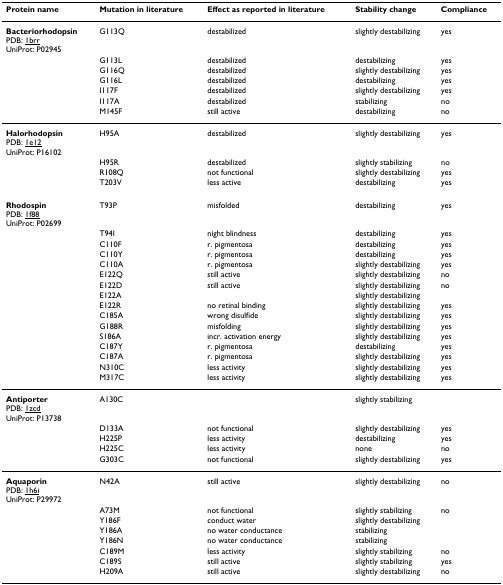
<table><thead><tr><td><b>Protein name</b></td><td><b>Mutation in literature</b></td><td><b>Effect as reported in literature</b></td><td><b>Stability change</b></td><td><b>Compliance</b></td></tr></thead><tbody><tr><td><b>Bacteriorhodopsin</b>PDB: 1brrUniProt: P02945</td><td>G113Q</td><td>destabilized</td><td>slightly destabilizing</td><td>yes</td></tr><tr><td></td><td>G113L</td><td>destabilized</td><td>destabilizing</td><td>yes</td></tr><tr><td></td><td>G116Q</td><td>destabilized</td><td>slightly destabilizing</td><td>yes</td></tr><tr><td></td><td>G116L</td><td>destabilized</td><td>destabilizing</td><td>yes</td></tr><tr><td></td><td>I117F</td><td>destabilized</td><td>slightly destabilizing</td><td>yes</td></tr><tr><td></td><td>I117A</td><td>destabilized</td><td>stabilizing</td><td>no</td></tr><tr><td></td><td>M145F</td><td>still active</td><td>destabilizing</td><td>no</td></tr><tr><td><b>Halorhodopsin</b>PDB: 1e12UniProt: P16102</td><td>H95A</td><td>destabilized</td><td>slightly destabilizing</td><td>yes</td></tr><tr><td></td><td>H95R</td><td>destabilized</td><td>slightly stabilizing</td><td>no</td></tr><tr><td></td><td>R108Q</td><td>not functional</td><td>slightly destabilizing</td><td>yes</td></tr><tr><td></td><td>T203V</td><td>less active</td><td>destabilizing</td><td>yes</td></tr><tr><td><b>Rhodospin</b>PDB: 1f88UniProt: P02699</td><td>T93P</td><td>misfolded</td><td>destabilizing</td><td>yes</td></tr><tr><td></td><td>T94I</td><td>night blindness</td><td>destabilizing</td><td>yes</td></tr><tr><td></td><td>C110F</td><td>r. pigmentosa</td><td>destabilizing</td><td>yes</td></tr><tr><td></td><td>C110Y</td><td>r. pigmentosa</td><td>destabilizing</td><td>yes</td></tr><tr><td></td><td>C110A</td><td>r. pigmentosa</td><td>slightly destabilizing</td><td>yes</td></tr><tr><td></td><td>E122Q</td><td>still active</td><td>slightly destabilizing</td><td>no</td></tr><tr><td></td><td>E122D</td><td>still active</td><td>slightly destabilizing</td><td>no</td></tr><tr><td></td><td>E122A</td><td></td><td>slightly destabilizing</td><td></td></tr><tr><td></td><td>E122R</td><td>no retinal binding</td><td>slightly destabilizing</td><td>yes</td></tr><tr><td></td><td>C185A</td><td>wrong disulfide</td><td>slightly destabilizing</td><td>yes</td></tr><tr><td></td><td>G188R</td><td>misfolding</td><td>slightly destabilizing</td><td>yes</td></tr><tr><td></td><td>S186A</td><td>incr. activation energy</td><td>slightly destabilizing</td><td>yes</td></tr><tr><td></td><td>C187Y</td><td>r. pigmentosa</td><td>destabilizing</td><td>yes</td></tr><tr><td></td><td>C187A</td><td>r. pigmentosa</td><td>slightly destabilizing</td><td>yes</td></tr><tr><td></td><td>N310C</td><td>less activity</td><td>slightly destabilizing</td><td>yes</td></tr><tr><td></td><td>M317C</td><td>less activity</td><td>slightly destabilizing</td><td>yes</td></tr><tr><td><b>Antiporter</b>PDB: 1zcdUniProt: P13738</td><td>A130C</td><td></td><td>slightly stabilizing</td><td></td></tr><tr><td></td><td>D133A</td><td>not functional</td><td>slightly destabilizing</td><td>yes</td></tr><tr><td></td><td>H225P</td><td>less activity</td><td>destabilizing</td><td>yes</td></tr><tr><td></td><td>H225C</td><td>less activity</td><td>none</td><td>no</td></tr><tr><td></td><td>G303C</td><td>not functional</td><td>slightly destabilizing</td><td>yes</td></tr><tr><td><b>Aquaporin</b>PDB: 1h6iUniProt: P29972</td><td>N42A</td><td>still active</td><td>slightly destabilizing</td><td>no</td></tr><tr><td></td><td>A73M</td><td>not functional</td><td>slightly stabilizing</td><td>no</td></tr><tr><td></td><td>Y186F</td><td>conduct water</td><td>slightly destabilizing</td><td></td></tr><tr><td></td><td>Y186A</td><td>no water conductance</td><td>stabilizing</td><td></td></tr><tr><td></td><td>Y186N</td><td>no water conductance</td><td>stabilizing</td><td></td></tr><tr><td></td><td>C189M</td><td>less activity</td><td>slightly stabilizing</td><td>no</td></tr><tr><td></td><td>C189S</td><td>still active</td><td>slightly stabilizing</td><td>yes</td></tr><tr><td></td><td>H209A</td><td>still active</td><td>slightly destabilizing</td><td>no</td></tr></tbody></table>